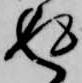
返